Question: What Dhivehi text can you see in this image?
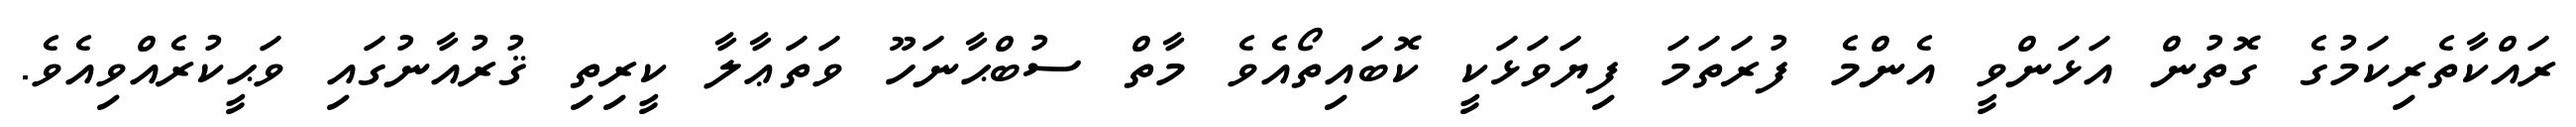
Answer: ރައްކާތެރިކަމުގެ ގޮތުން އަޅަންވީ އެންމެ ފުރަތަމަ ފިޔަވަޅަކީ ކޮބައިތޯއެވެ މާތް ސުބްޙާނަހޫ ވަތަޢާލާ ކީރިތި ޤުރުއާނުގައި ވަޙީކުރެއްވިއެވެ.